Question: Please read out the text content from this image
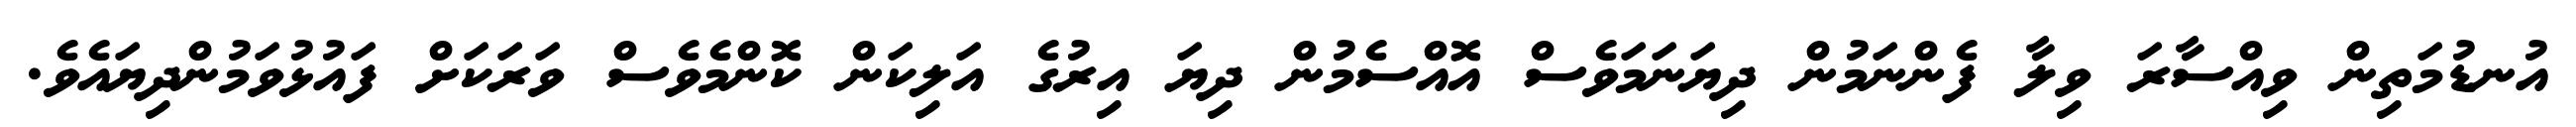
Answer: އުނޑުމަތިން ވިއްސާރަ ވިލާ ފެންނަމުން ދިޔަނަމަވެސް އޮއްސެމުން ދިޔަ އިރުގެ އަލިކަން ކޮންމެވެސް ވަރަކަށް ފައުޅުވަމުންދިޔައެވެ.